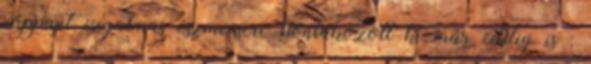
roppant izgalmas eszmecsere bontakozott ki már eddig is :